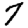
Digit: 7